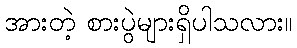
အားတဲ့ စားပွဲများရှိပါသလား။